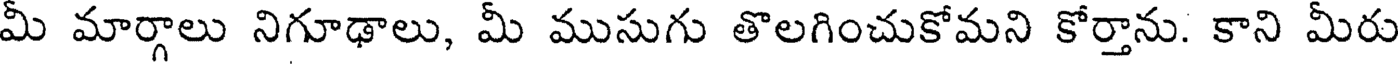
మీ మార్గాలు నిగూఢాలు, మీ ముసుగు తొలగించుకోమని కోర్తాను. కాని మీరు